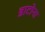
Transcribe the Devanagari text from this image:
डाटोना